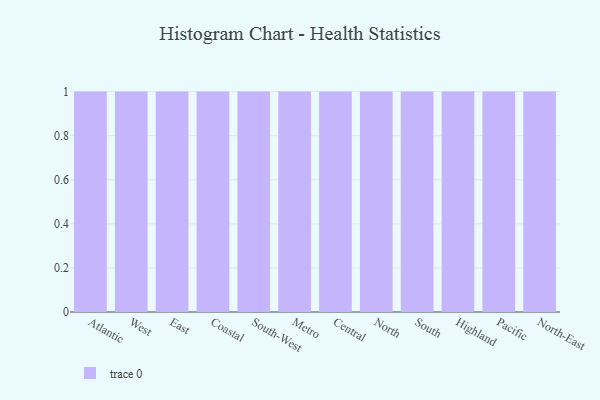
{"axis": {"x": "Region", "y": "Conversion Rate (%)"}, "legend": [""], "data": [{"x": "Atlantic", "y": 74, "type": ""}, {"x": "West", "y": 35, "type": ""}, {"x": "East", "y": 18, "type": ""}, {"x": "Coastal", "y": 72, "type": ""}, {"x": "South-West", "y": 81, "type": ""}, {"x": "Metro", "y": 13, "type": ""}, {"x": "Central", "y": 30, "type": ""}, {"x": "North", "y": 91, "type": ""}, {"x": "South", "y": 46, "type": ""}, {"x": "Highland", "y": 98, "type": ""}, {"x": "Pacific", "y": 29, "type": ""}, {"x": "North-East", "y": 67, "type": ""}]}